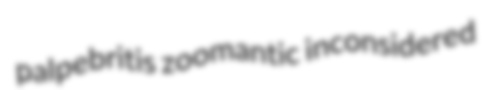
palpebritis zoomantic inconsidered